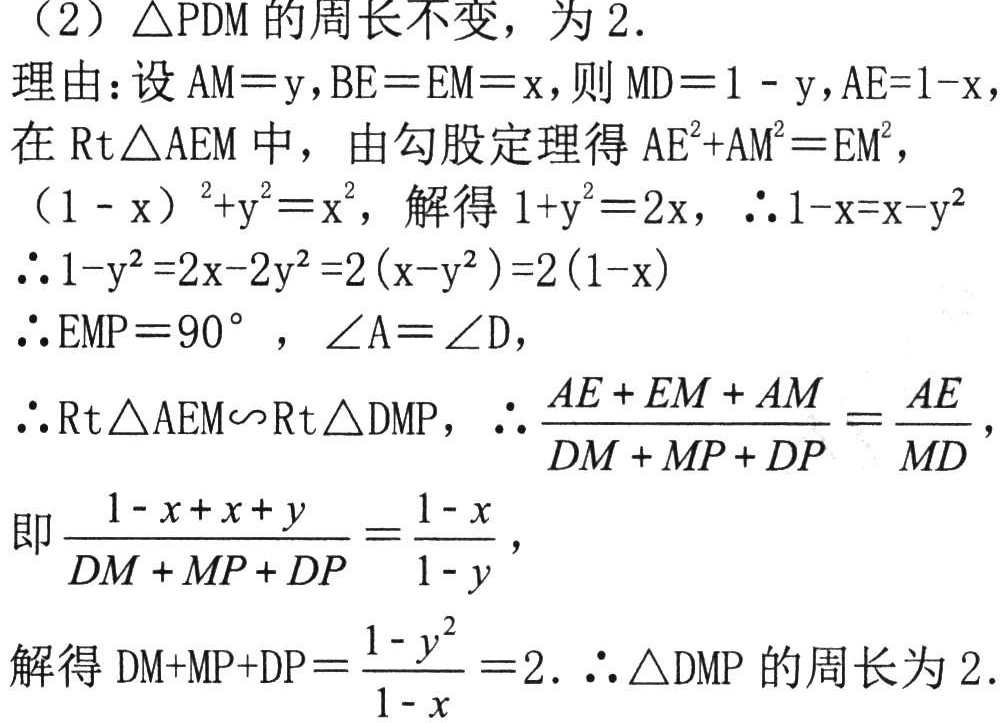
（2）$\triangle PDM$的周长不变，为$2$.
理由：设$AM = y,BE = EM = x$，则$MD = 1 - y,AE = 1 - x$，
在$\text{Rt}\triangle AEM$中，由勾股定理得$AE^{2}+AM^{2}=EM^{2}$，
$(1 - x)^{2}+y^{2}=x^{2}$，解得$1 + y^{2}=2x$，$\therefore1 - x=x - y^{2}$
$\therefore1 - y^{2}=2x - 2y^{2}=2(x - y^{2})=2(1 - x)$
$\therefore\angle EMP = 90^{\circ}$，$\angle A=\angle D$，
$\therefore\text{Rt}\triangle AEM\sim\text{Rt}\triangle DMP$，$\therefore\frac{AE + EM+AM}{DM + MP + DP}=\frac{AE}{MD}$，
即$\frac{1 - x + x + y}{DM + MP + DP}=\frac{1 - x}{1 - y}$，
解得$DM + MP + DP=\frac{1 - y^{2}}{1 - x}=2$. $\therefore\triangle DMP$的周长为$2$.